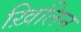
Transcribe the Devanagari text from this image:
ख़िलिन